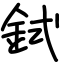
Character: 鉽